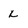
Character: L